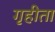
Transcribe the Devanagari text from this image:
गृहीता